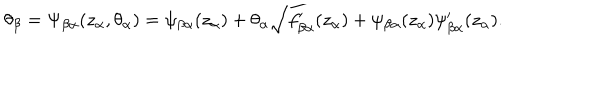
\theta _ { \beta } = \Psi _ { \beta \alpha } ( z _ { \alpha } , \theta _ { \alpha } ) = \psi _ { \beta \alpha } ( z _ { \alpha } ) + \theta _ { \alpha } \sqrt { f _ { \beta \alpha } ^ { \prime } ( z _ { \alpha } ) + \psi _ { \beta \alpha } ( z _ { \alpha } ) \psi _ { \beta \alpha } ^ { \prime } ( z _ { \alpha } ) } .